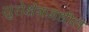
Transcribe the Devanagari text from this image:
युरोक्षेत्रामधील